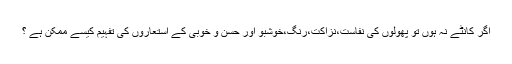
اگر کانٹے نہ ہوں تو پھولوں کی نفاست،نزاکت،رنگ،خوشبو اور حسن و خوبی کے استعاروں کی تفہیم کیسے ممکن ہے ؟